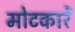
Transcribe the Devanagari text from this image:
मोटकारें